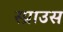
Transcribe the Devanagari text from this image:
स्प्राउस